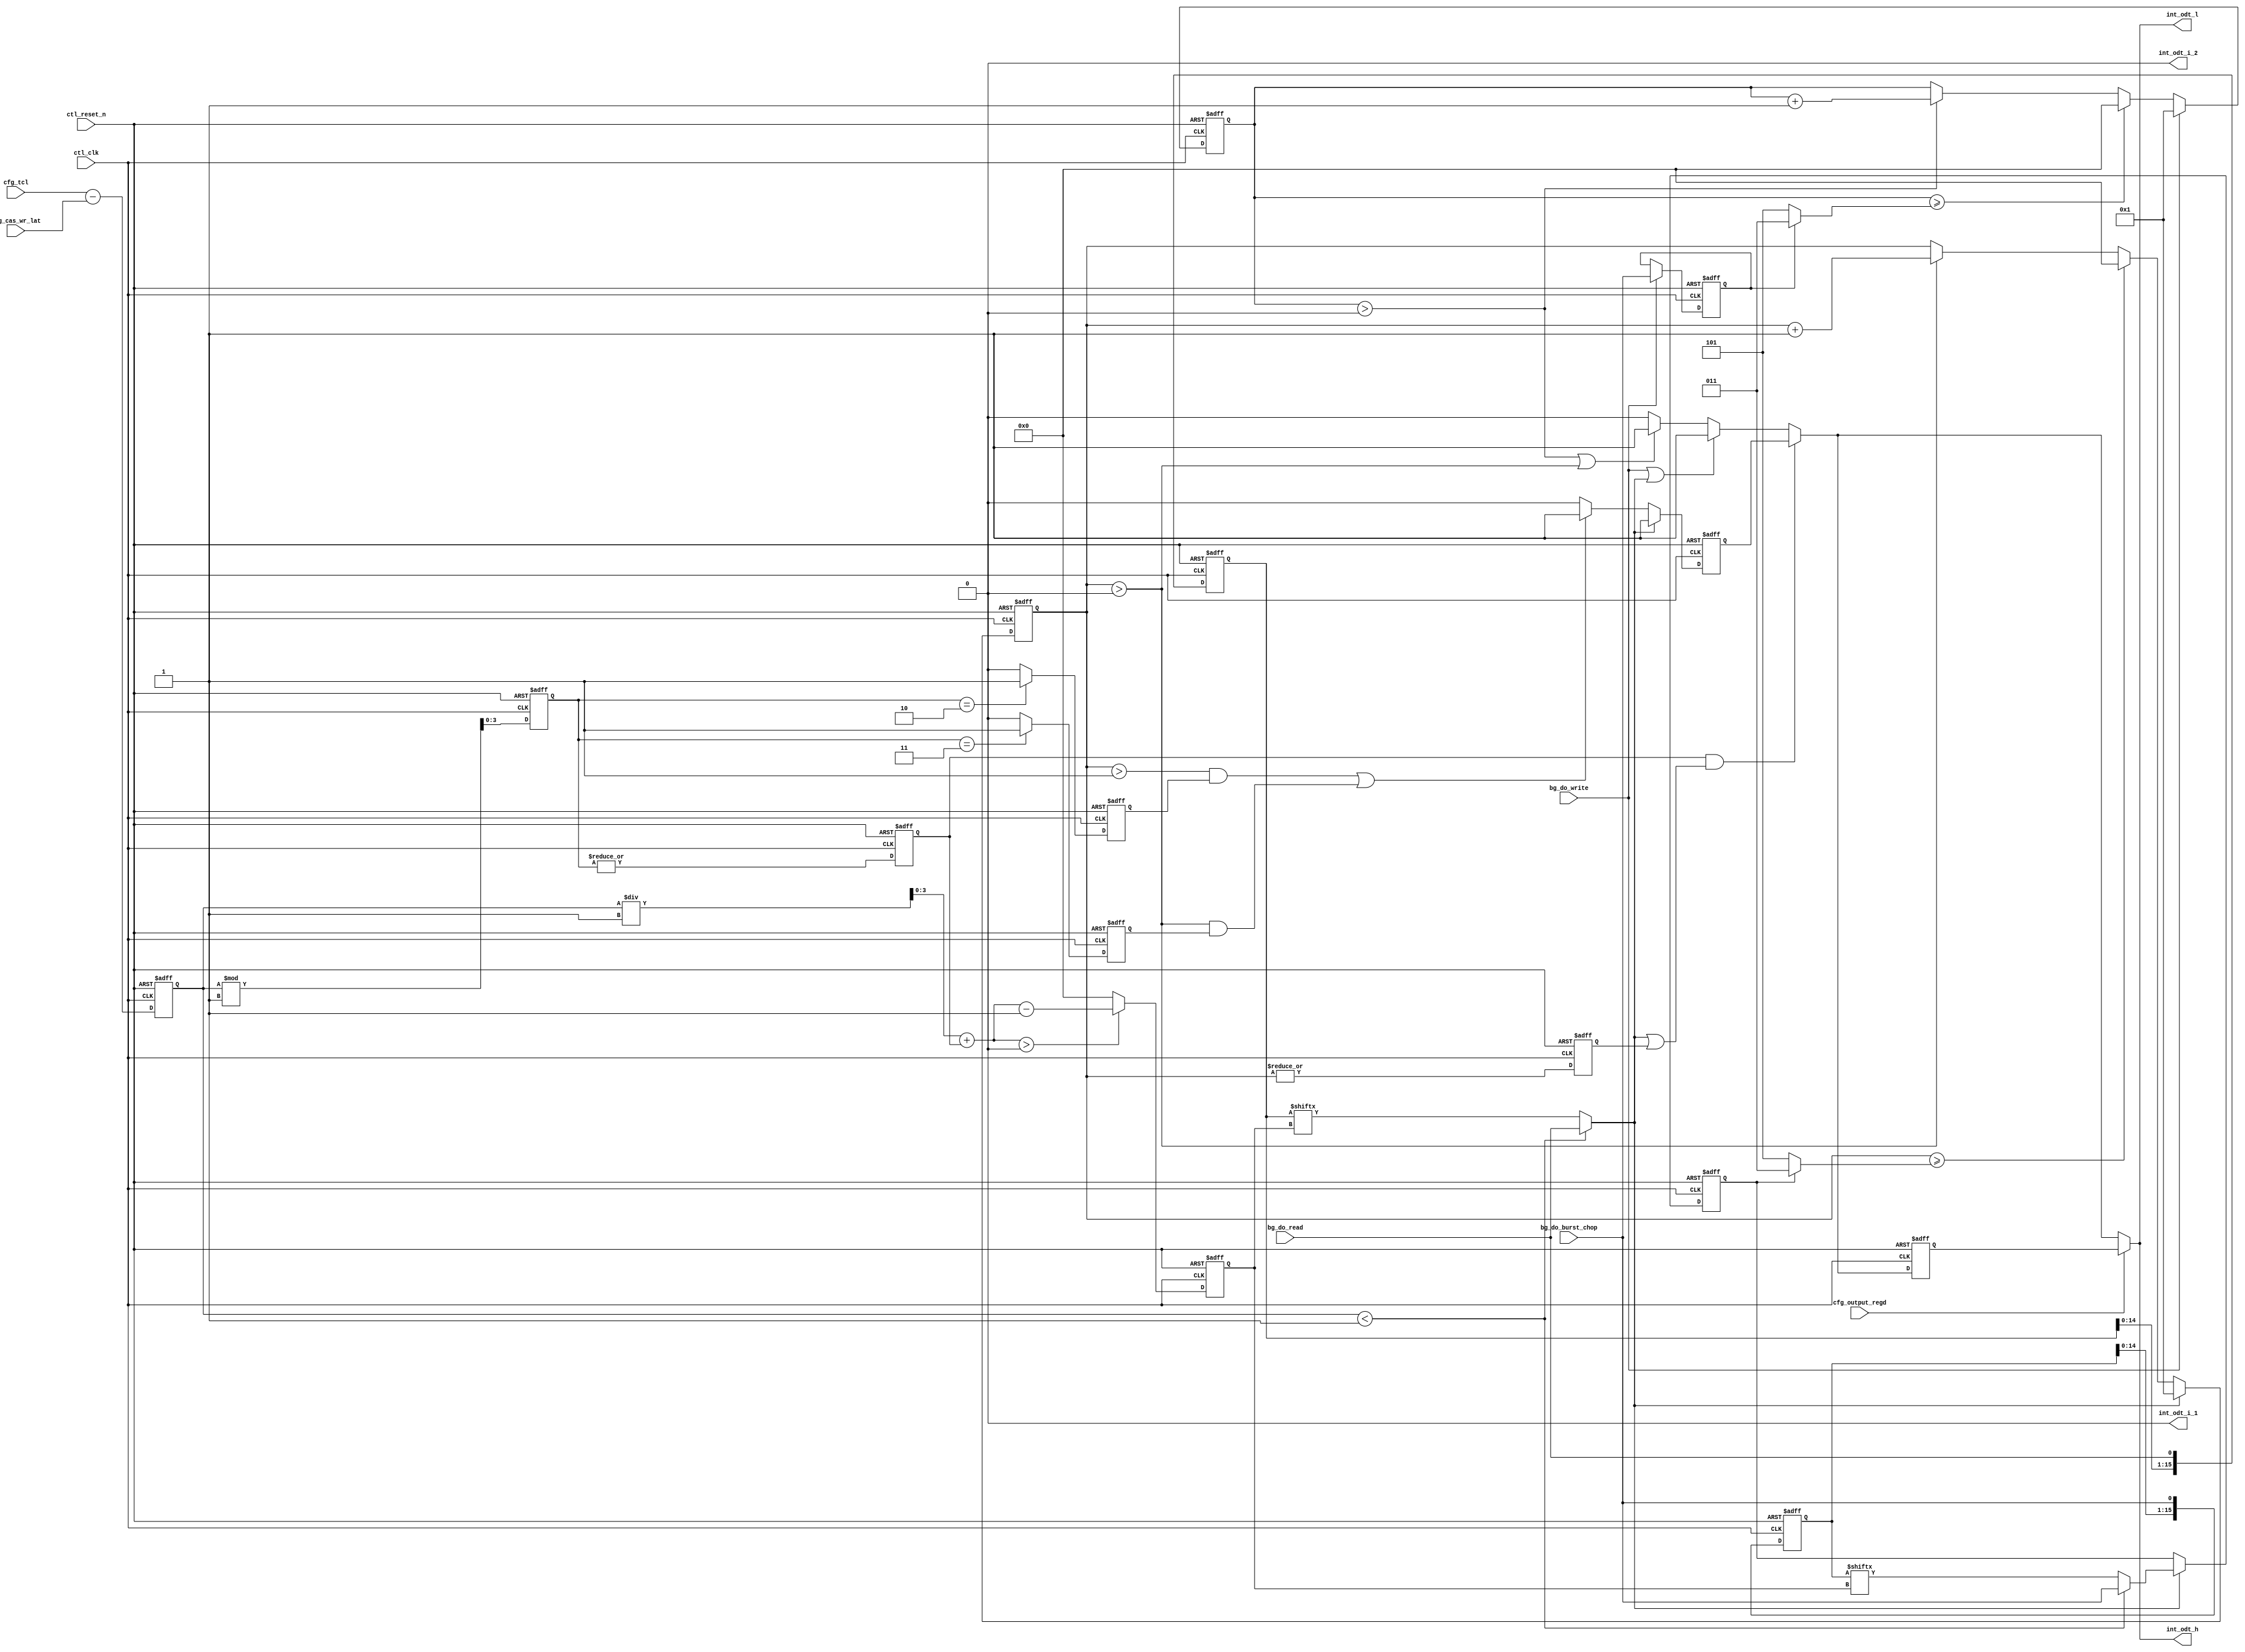
// (C) 2001-2020 Intel Corporation. All rights reserved.
// Your use of Intel Corporation's design tools, logic functions and other 
// software and tools, and its AMPP partner logic functions, and any output 
// files from any of the foregoing (including device programming or simulation 
// files), and any associated documentation or information are expressly subject 
// to the terms and conditions of the Intel Program License Subscription 
// Agreement, Intel FPGA IP License Agreement, or other applicable 
// license agreement, including, without limitation, that your use is for the 
// sole purpose of programming logic devices manufactured by Intel and sold by 
// Intel or its authorized distributors.  Please refer to the applicable 
// agreement for further details.



//altera message_off 10036 10230

`timescale 1 ps / 1 ps
module alt_mem_ddrx_ddr3_odt_gen
    # (parameter
        CFG_DWIDTH_RATIO             =   2,
        CFG_PORT_WIDTH_OUTPUT_REGD   =   1,
        CFG_PORT_WIDTH_TCL           =   4,
        CFG_PORT_WIDTH_CAS_WR_LAT    =   4
    )
    (
        ctl_clk,
        ctl_reset_n,
        cfg_tcl,
        cfg_cas_wr_lat,
        cfg_output_regd,
        bg_do_write,
        bg_do_read,
        bg_do_burst_chop,
        int_odt_l,
        int_odt_h,
        int_odt_i_1,
        int_odt_i_2
    );
    
    localparam  integer CFG_TCL_PIPE_LENGTH =   2**CFG_PORT_WIDTH_TCL;
    //=================================================================================================//
    //        DDR3 ODT timing parameters                                                               //
    //=================================================================================================//
    
    localparam integer    CFG_ODTH8             = 6; //Indicates No. of cycles ODT signal should stay high
    localparam integer    CFG_ODTH4             = 4; //Indicates No. of cycles ODT signal should stay high
    localparam integer    CFG_ODTPIPE_THRESHOLD = CFG_DWIDTH_RATIO / 2;
    // AL also applies to ODT signal so ODT logic is AL agnostic
    // also regdimm because ODT is registered too
    // ODTLon = CWL + AL - 2
    // ODTLoff = CWL + AL - 2
    
    //=================================================================================================//
    //        input/output declaration                                                                 //
    //=================================================================================================//
    
    input   ctl_clk;
    input   ctl_reset_n;
    input   [CFG_PORT_WIDTH_TCL-1:0]         cfg_tcl;
    input   [CFG_PORT_WIDTH_CAS_WR_LAT-1:0]  cfg_cas_wr_lat;
    input   [CFG_PORT_WIDTH_OUTPUT_REGD-1:0] cfg_output_regd;
    input   bg_do_write;
    input   bg_do_read;
    input   bg_do_burst_chop;
    output  int_odt_l;
    output  int_odt_h;
    output  int_odt_i_1;
    output  int_odt_i_2;
    
    //=================================================================================================//
    //        reg/wire declaration                                                                     //
    //=================================================================================================//
    
    wire    bg_do_write;
    reg     int_do_read;
    reg     int_do_write_burst_chop;
    reg     int_do_read_burst_chop;
    reg     int_do_read_burst_chop_c;
    reg     do_read_r;
    
    wire [3:0]  diff_unreg;                 // difference between CL and CWL
    reg  [3:0]  diff;
    wire [3:0]  diff_modulo_unreg;
    reg  [3:0]  diff_modulo;
    wire [3:0]  sel_do_read_pipe_unreg;
    reg  [3:0]  sel_do_read_pipe;
    reg         diff_modulo_not_zero;
    reg         diff_modulo_one;
    reg         diff_modulo_two;
    reg         diff_modulo_three;
    
    reg     int_odt_l_int;
    reg     int_odt_l_int_r1;
    reg     int_odt_l_int_r2;
    
    reg     premux_odt_h;
    reg     premux_odt_h_r;
    reg     int_odt_h_int;
    reg     int_odt_h_int_r1;
    reg     int_odt_h_int_r2;
    
    reg     int_odt_i_1_int;
    reg     int_odt_i_2_int;
    reg     int_odt_i_1_int_r1;
    reg     int_odt_i_2_int_r1;
    reg     int_odt_i_1_int_r2;
    reg     int_odt_i_2_int_r2;
    
    wire    int_odt_l;
    wire    int_odt_h;
    wire    int_odt_i_1;
    wire    int_odt_i_2;
    reg  [3:0]   doing_write_count;
    reg  [3:0]   doing_read_count;
    wire         doing_read_count_not_zero;
    reg          doing_read_count_not_zero_r;
    wire [3:0]   doing_write_count_limit;
    wire [3:0]   doing_read_count_limit;
   
    reg [CFG_TCL_PIPE_LENGTH        -1:0]   do_read_pipe;
    reg [CFG_TCL_PIPE_LENGTH        -1:0]   do_burst_chop_pipe;

    //=================================================================================================//
    //        Define ODT pulse width during READ operation                                             //
    //=================================================================================================//
    
    //ODTLon/ODTLoff are calculated based on CWL, Below logic is to compensate for that timing during read, Needs to delay ODT signal by cfg_tcl - cfg_cas_wr_lat
    
    assign  diff_unreg              = cfg_tcl - cfg_cas_wr_lat;
    assign  diff_modulo_unreg       = (diff % CFG_ODTPIPE_THRESHOLD); 
    assign  sel_do_read_pipe_unreg  = (diff / CFG_ODTPIPE_THRESHOLD) + diff_modulo_not_zero;
    //assign  diff_modulo_not_zero    = (|diff_modulo);
    //assign sel_do_read_pipe = diff - CFG_ODTPIPE_THRESHOLD;
    
    always @(posedge ctl_clk, negedge ctl_reset_n)
        begin
            if (!ctl_reset_n)
                begin 
                    diff                <= 0; 
                    diff_modulo         <= 0;
                    sel_do_read_pipe    <= 0;
                end
            else
                begin 
                    diff                <= diff_unreg; 
                    diff_modulo         <= diff_modulo_unreg;
                    sel_do_read_pipe    <= (sel_do_read_pipe_unreg > 0) ? (sel_do_read_pipe_unreg - 1'b1) : 0;
                end
        end
    
    always @ (posedge ctl_clk or negedge ctl_reset_n)
        begin
            if (!ctl_reset_n)
                begin
                    diff_modulo_not_zero <= 1'b0;
                    diff_modulo_one      <= 1'b0;
                    diff_modulo_two      <= 1'b0;
                    diff_modulo_three    <= 1'b0;
                end
            else
                begin
                    diff_modulo_not_zero <= |diff_modulo;
                    diff_modulo_one      <= (diff_modulo == 1) ? 1'b1 : 1'b0;
                    diff_modulo_two      <= (diff_modulo == 2) ? 1'b1 : 1'b0;
                    diff_modulo_three    <= (diff_modulo == 3) ? 1'b1 : 1'b0;
                end
        end

    always @ (*) 
        begin
            int_do_read              = (diff < CFG_ODTPIPE_THRESHOLD) ? bg_do_read       : do_read_pipe       [sel_do_read_pipe] ;
            int_do_read_burst_chop_c = (diff < CFG_ODTPIPE_THRESHOLD) ? bg_do_burst_chop : do_burst_chop_pipe [sel_do_read_pipe] ;
        end

    always @ (posedge ctl_clk or negedge ctl_reset_n) 
        begin
            if (~ctl_reset_n)
                begin
                    int_do_read_burst_chop <= 1'b0;
                end
            else
                begin
                    if (int_do_read)
                        begin
                            int_do_read_burst_chop <= int_do_read_burst_chop_c;
                        end
                end
        end
    
    always @(posedge ctl_clk, negedge ctl_reset_n)
        begin
            if (!ctl_reset_n)
                begin
                    do_read_pipe <= 0;
                end
            else
                begin
                    do_read_pipe[CFG_TCL_PIPE_LENGTH-1:0] <= {do_read_pipe[CFG_TCL_PIPE_LENGTH-2:0], bg_do_read};
                end
        end

    always @(posedge ctl_clk, negedge ctl_reset_n)
        begin
            if (!ctl_reset_n)
                begin
                    do_burst_chop_pipe <= 0;
                end
            else
                begin
                    do_burst_chop_pipe[CFG_TCL_PIPE_LENGTH-1:0] <= {do_burst_chop_pipe[CFG_TCL_PIPE_LENGTH-2:0], bg_do_burst_chop};
                end
        end
    
    assign doing_read_count_limit    = int_do_read_burst_chop ? ((CFG_ODTH4 / (CFG_DWIDTH_RATIO / 2)) - 1) : ((CFG_ODTH8 / (CFG_DWIDTH_RATIO / 2)) - 1);
    assign doing_read_count_not_zero = (|doing_read_count);
    
    always @(posedge ctl_clk, negedge ctl_reset_n)
        begin
            if (!ctl_reset_n)
                begin
                    doing_read_count <= 0;
                end
            else
                begin
                    if (int_do_read)
                        begin
                            doing_read_count <= 1;
                        end
                    else if (doing_read_count >= doing_read_count_limit)
                        begin
                            doing_read_count <= 0;
                        end
                    else if (doing_read_count > 0)
                        begin
                            doing_read_count <= doing_read_count + 1'b1;
                        end
                end
        end
    
    always @ (posedge ctl_clk or negedge ctl_reset_n)
        begin
            if (~ctl_reset_n)
                begin
                    doing_read_count_not_zero_r <= 1'b0;
                end
            else
                begin
                    doing_read_count_not_zero_r <= doing_read_count_not_zero;
                end
        end

    //=================================================================================================//
    //        Define ODT pulse width during WRITE operation                                            //
    //=================================================================================================//

    always @ (posedge ctl_clk or negedge ctl_reset_n) 
        begin
            if (~ctl_reset_n)
                begin
                    int_do_write_burst_chop <= 1'b0;
                end
            else
                begin
                    if (bg_do_write)
                        begin
                            int_do_write_burst_chop <= bg_do_burst_chop;
                        end
                end
        end

    assign doing_write_count_limit = int_do_write_burst_chop ? ((CFG_ODTH4 / (CFG_DWIDTH_RATIO / 2)) - 1) : ((CFG_ODTH8 / (CFG_DWIDTH_RATIO / 2)) - 1);
    
    always @(posedge ctl_clk, negedge ctl_reset_n)
        begin
            if (!ctl_reset_n)
                begin
                    doing_write_count <= 0;
                end
            else
                begin
                    if (bg_do_write)
                        begin
                            doing_write_count <= 1;
                        end
                    else if (doing_write_count >= doing_write_count_limit)
                        begin
                            doing_write_count <= 0;
                        end
                    else if (doing_write_count > 0)
                        begin
                            doing_write_count <= doing_write_count + 1'b1;
                        end
            end
        end
    
    //=================================================================================================//
    //        ODT signal generation block                                                              //
    //=================================================================================================//
    
    always @ (*)
        begin
            if (bg_do_write || int_do_read)
                begin
                    premux_odt_h = 1'b1;
                end
            else if (doing_write_count > 0 || doing_read_count > 0)
                begin
                    premux_odt_h = 1'b1;
                end
            else
                begin
                    premux_odt_h = 1'b0;
                end
        end
  
    always @ (posedge ctl_clk or negedge ctl_reset_n) 
        begin
            if (~ctl_reset_n)
                begin
                    premux_odt_h_r  <= 1'b0;
                end
            else
                begin
                    if (int_do_read)
                        begin
                            premux_odt_h_r <= 1'b1;
                        end
                    else if ((doing_read_count > 1 && ((diff_modulo_one && CFG_ODTPIPE_THRESHOLD == 4) || diff_modulo_two)) || (doing_read_count > 0 && ((diff_modulo_one && CFG_ODTPIPE_THRESHOLD == 2) || diff_modulo_three)))
                        begin
                            premux_odt_h_r <= 1'b1;
                        end
                    else
                        begin
                            premux_odt_h_r <= 1'b0;
                        end
                end
        end

    always @ (*)
        begin
            if (diff_modulo_not_zero & (int_do_read|doing_read_count_not_zero_r))
                begin
                    int_odt_h_int = premux_odt_h_r;
                end
            else // write, read with normal odt
                begin 
                    int_odt_h_int = premux_odt_h;
                end
        end

    always @ (posedge ctl_clk or negedge ctl_reset_n)
        begin
            if (!ctl_reset_n)
                begin
                    int_odt_l_int <= 1'b0;
                end
            else
                begin
                    if (bg_do_write || (int_do_read && !diff_modulo_two && !diff_modulo_three))
                        begin
                            int_odt_l_int <= 1'b1;
                        end
                    else if (doing_write_count > 0 || doing_read_count > 0)
                        begin
                            int_odt_l_int <= 1'b1;
                        end
                    else
                        begin
                            int_odt_l_int <= 1'b0;
                        end
                end
        end
    
    always @ (posedge ctl_clk or negedge ctl_reset_n)
        begin
            if (!ctl_reset_n)
                begin
                    int_odt_i_1_int <= 1'b0;
                end
            else
                begin
                    if (bg_do_write || int_do_read)
                        begin
                            int_odt_i_1_int <= 1'b1;
                        end
                    else if (doing_write_count > 1 || (doing_read_count > 1 && !diff_modulo_not_zero) || (doing_read_count > 0 && diff_modulo_not_zero))
                        begin
                            int_odt_i_1_int <= 1'b1;
                        end
                    else
                        begin
                            int_odt_i_1_int <= 1'b0;
                        end
                end
        end
    
    always @ (posedge ctl_clk or negedge ctl_reset_n)
        begin
            if (!ctl_reset_n)
                begin
                    int_odt_i_2_int <= 1'b0;
                end
            else
                begin
                    if (bg_do_write || int_do_read)
                        begin
                            int_odt_i_2_int <= 1'b1;
                        end
                    else if (doing_write_count > 1 || (doing_read_count > 1 && (!diff_modulo_not_zero || diff_modulo_one)) || (doing_read_count > 0 && (diff_modulo_two || diff_modulo_three)))
                        begin
                            int_odt_i_2_int <= 1'b1;
                        end
                    else
                        begin
                            int_odt_i_2_int <= 1'b0;
                        end
                end
        end
    
    //Generate registered output
    always @ (posedge ctl_clk or negedge ctl_reset_n)
        begin
            if (!ctl_reset_n)
                begin
                    int_odt_h_int_r1   <= 1'b0;
                    int_odt_l_int_r1   <= 1'b0;
                    int_odt_i_1_int_r1 <= 1'b0;
                    int_odt_i_2_int_r1 <= 1'b0;
                    
                    int_odt_h_int_r2   <= 1'b0;
                    int_odt_l_int_r2   <= 1'b0;
                    int_odt_i_1_int_r2 <= 1'b0;
                    int_odt_i_2_int_r2 <= 1'b0;
                end
            else
                begin
                    int_odt_h_int_r1   <= int_odt_h_int;
                    int_odt_l_int_r1   <= int_odt_l_int;
                    int_odt_i_1_int_r1 <= int_odt_i_1_int;
                    int_odt_i_2_int_r1 <= int_odt_i_2_int;
                    
                    int_odt_h_int_r2   <= int_odt_h_int_r1;
                    int_odt_l_int_r2   <= int_odt_l_int_r1;
                    int_odt_i_1_int_r2 <= int_odt_i_1_int_r1;
                    int_odt_i_2_int_r2 <= int_odt_i_2_int_r1;
                end
        end
    
    generate
        if (CFG_DWIDTH_RATIO == 2) // full rate
            begin
                assign  int_odt_h   = (cfg_output_regd == 2) ? int_odt_h_int_r2 : ((cfg_output_regd == 1) ? int_odt_h_int_r1 : int_odt_h_int);
                assign  int_odt_l   = (cfg_output_regd == 2) ? int_odt_h_int_r2 : ((cfg_output_regd == 1) ? int_odt_h_int_r1 : int_odt_h_int);
                assign  int_odt_i_1 = 1'b0;
                assign  int_odt_i_2 = 1'b0;
            end
        else if (CFG_DWIDTH_RATIO == 4) // half rate
            begin
                assign  int_odt_h   = (cfg_output_regd == 2) ? int_odt_h_int_r2 : ((cfg_output_regd == 1) ? int_odt_h_int_r1 : int_odt_h_int);
                assign  int_odt_l   = (cfg_output_regd == 2) ? int_odt_l_int_r2 : ((cfg_output_regd == 1) ? int_odt_l_int_r1 : int_odt_l_int);
                assign  int_odt_i_1 = 1'b0;
                assign  int_odt_i_2 = 1'b0;
            end
        else if (CFG_DWIDTH_RATIO == 8) // quarter rate
            begin
                assign  int_odt_h   = (cfg_output_regd == 2) ? int_odt_h_int_r2   : ((cfg_output_regd == 1) ? int_odt_h_int_r1   : int_odt_h_int  );
                assign  int_odt_l   = (cfg_output_regd == 2) ? int_odt_l_int_r2   : ((cfg_output_regd == 1) ? int_odt_l_int_r1   : int_odt_l_int  );
                assign  int_odt_i_1 = (cfg_output_regd == 2) ? int_odt_i_1_int_r2 : ((cfg_output_regd == 1) ? int_odt_i_1_int_r1 : int_odt_i_1_int);
                assign  int_odt_i_2 = (cfg_output_regd == 2) ? int_odt_i_2_int_r2 : ((cfg_output_regd == 1) ? int_odt_i_2_int_r1 : int_odt_i_2_int);
            end
    endgenerate
    
endmodule